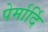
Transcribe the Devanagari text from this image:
पेर्मार्दि